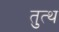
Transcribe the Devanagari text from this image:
तुत्थ